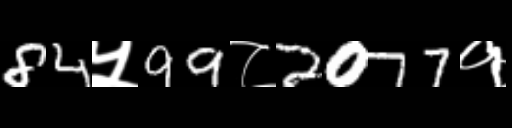
Text: 84५99८2077१